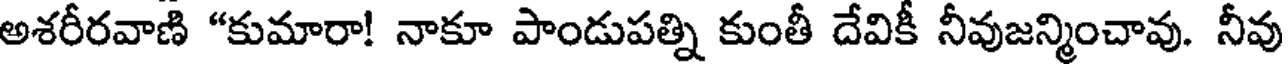
అశరీరవాణి "కుమారా! నాకూ పాండుపత్ని కుంతీ దేవికీ నీవుజన్మించావు. నీవు